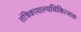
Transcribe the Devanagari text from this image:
तंत्रिकाशल्यचिकित्सक